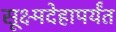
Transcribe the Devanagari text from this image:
सूक्ष्मदेहापर्यंत